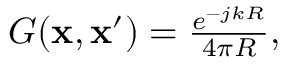
\begin{array} { r } { G ( \mathbf { x } , \mathbf { x } ^ { \prime } ) = \frac { e ^ { - j k R } } { 4 \pi R } , } \end{array}